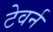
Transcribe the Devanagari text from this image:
टेवर्न